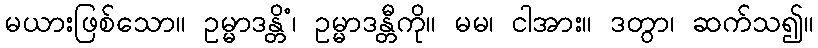
မယားဖြစ်သော။ ဥမ္မာဒန္တိံ၊ ဥမ္မာဒန္တီကို။ မမ၊ ငါအား။ ဒတွာ၊ ဆက်သ၍။